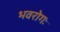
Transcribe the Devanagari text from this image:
भवरोगः